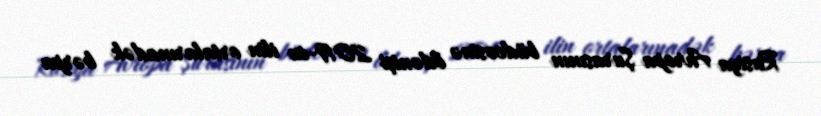
Rusiya Avropa Şurasının büdcəsinə ödənişi 2019-cu ilin ortalarınadək bərpa